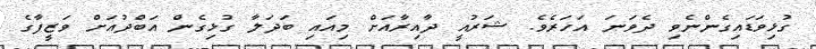
ގުޅިވަޑައިގެންނެވި ދެވަނަ އަހަރެވެ. ޝަރުއީ ދާއިރާއަށް މިއައި ބަދަލާ ގުޅިގެން އަބްދުއަށް ވަޒީފާގެ